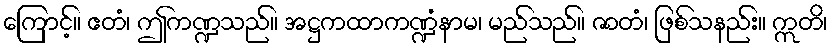
ကြောင့်။ ဧတံ၊ ဤကဏ္ဍသည်။ အဋ္ဌကထာကဏ္ဍံနာမ၊ မည်သည်။ ဇာတံ၊ ဖြစ်သနည်း။ ဣတိ၊